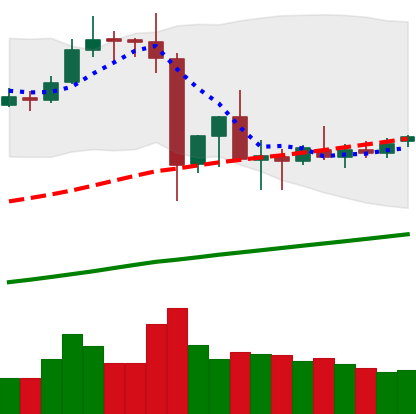
Ticker: ETC-USD
Chart end date: 2019-07-08
Forward return: -17.307%
Label: down_7plus